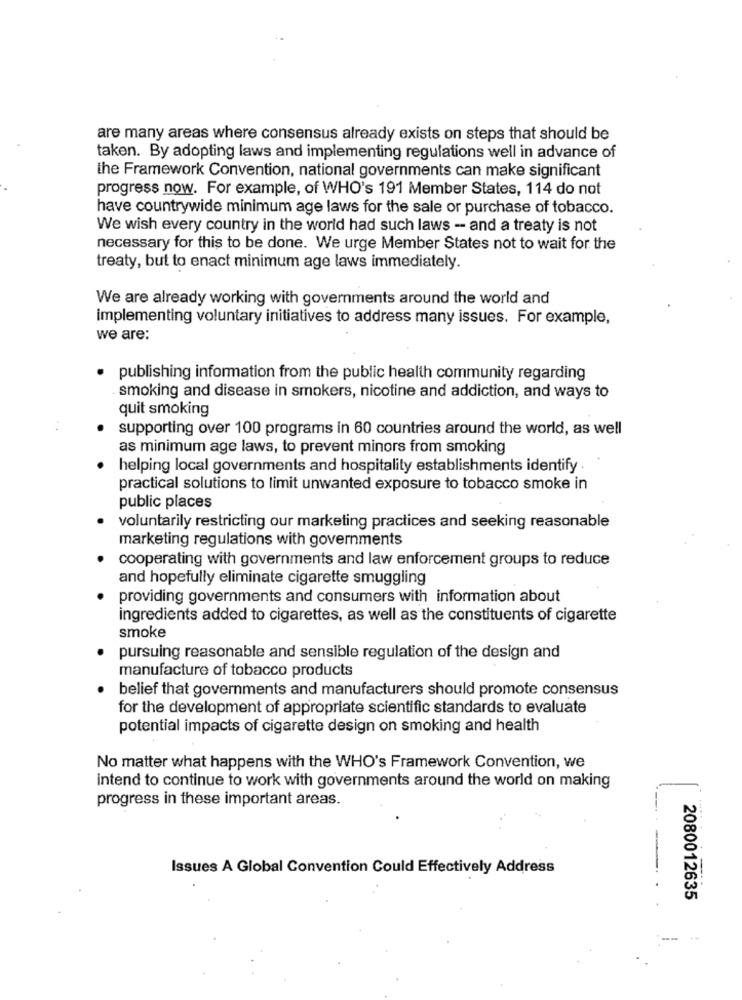
are many areas where consensus already exists on steps that should be
taken. By adopting laws and implementing regulations well in advance of
the Framework Convention, national governments can make significant
progress now. For example, of WHO's 191 Member States, 114 do not
have countrywide minimum age laws for the sale or purchase of tobacco.
We wish every country in the world had such laws - and a treaty is not
necessary for this to be done. We urge Member States not to wait for the
treaty, but to enact minimum age laws immediately.
We are already working with governments around the world and
implementing voluntary initiatives to address many issues. For example,
we are:
· publishing information from the public health community regarding
smoking and disease in smokers, nicotine and addiction, and ways to
quit smoking
supporting over 100 programs in 60 countries around the world, as well
as minimum age laws, to prevent minors from smoking
helping local governments and hospitality establishments identify
practical solutions to limit unwanted exposure to tobacco smoke in
public places
voluntarily restricting our marketing practices and seeking reasonable
marketing regulations with governments
cooperating with governments and law enforcement groups to reduce
and hopefully eliminate cigarette smuggling
providing governments and consumers with information about
ingredients added to cigarettes, as well as the constituents of cigarette
smoke
pursuing reasonable and sensible regulation of the design and
manufacture of tobacco products
belief that governments and manufacturers should promote consensus
for the development of appropriate scientific standards to evaluate
potential impacts of cigarette design on smoking and health
No matter what happens with the WHO's Framework Convention, we
intend to continue to work with governments around the world on making
progress in these important areas.
Issues A Global Convention Could Effectively Address
2080012635